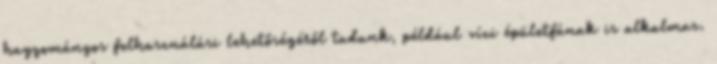
hagyományos felhasználási lehetőségéről tudunk, például vízi épületfának is alkalmas.